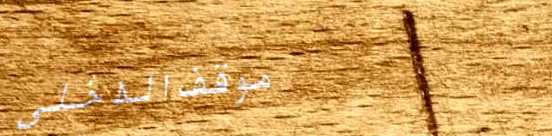
موقف الداخلي